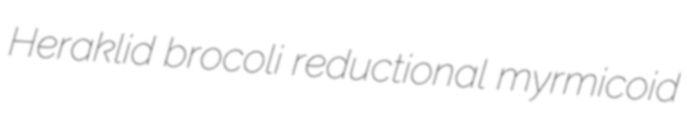
Heraklid brocoli reductional myrmicoid